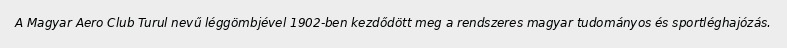
A Magyar Aero Club Turul nevű léggömbjével 1902-ben kezdődött meg a rendszeres magyar tudományos és sportléghajózás.